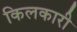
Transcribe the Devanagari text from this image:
किलकारी